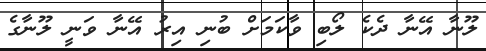
ލޫނާ އޭނާ ދެކެ ލޯބި ވާކަމަށް ބުނި އިރު އޭނާ ވަނީ ލޫނާގެ